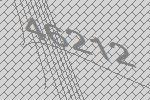
46212